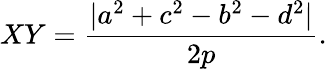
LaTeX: XY={\frac{|a^{2}+c^{2}-b^{2}-d^{2}|}{2p}}.